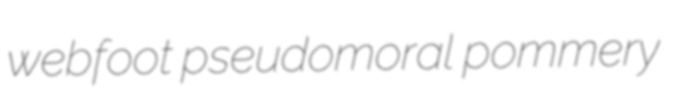
webfoot pseudomoral pommery